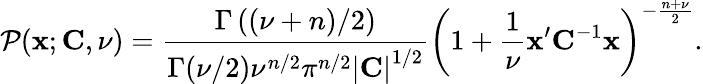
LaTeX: \mathcal{P}({\mathbf x};{\mathbf C},\nu)=\frac{\Gamma\left((\nu+n)/2\right)}{\Gamma(\nu/2)\nu^{n/2}\pi^{n/2}\left|{\mathbf{C}}\right|^{1/2}}\left(1+\frac{1}{\nu}\mathbf{x}^{\prime}\mathbf{C}^{-1}\mathbf{x}\right)^{-\frac{n+\nu}{2}}.